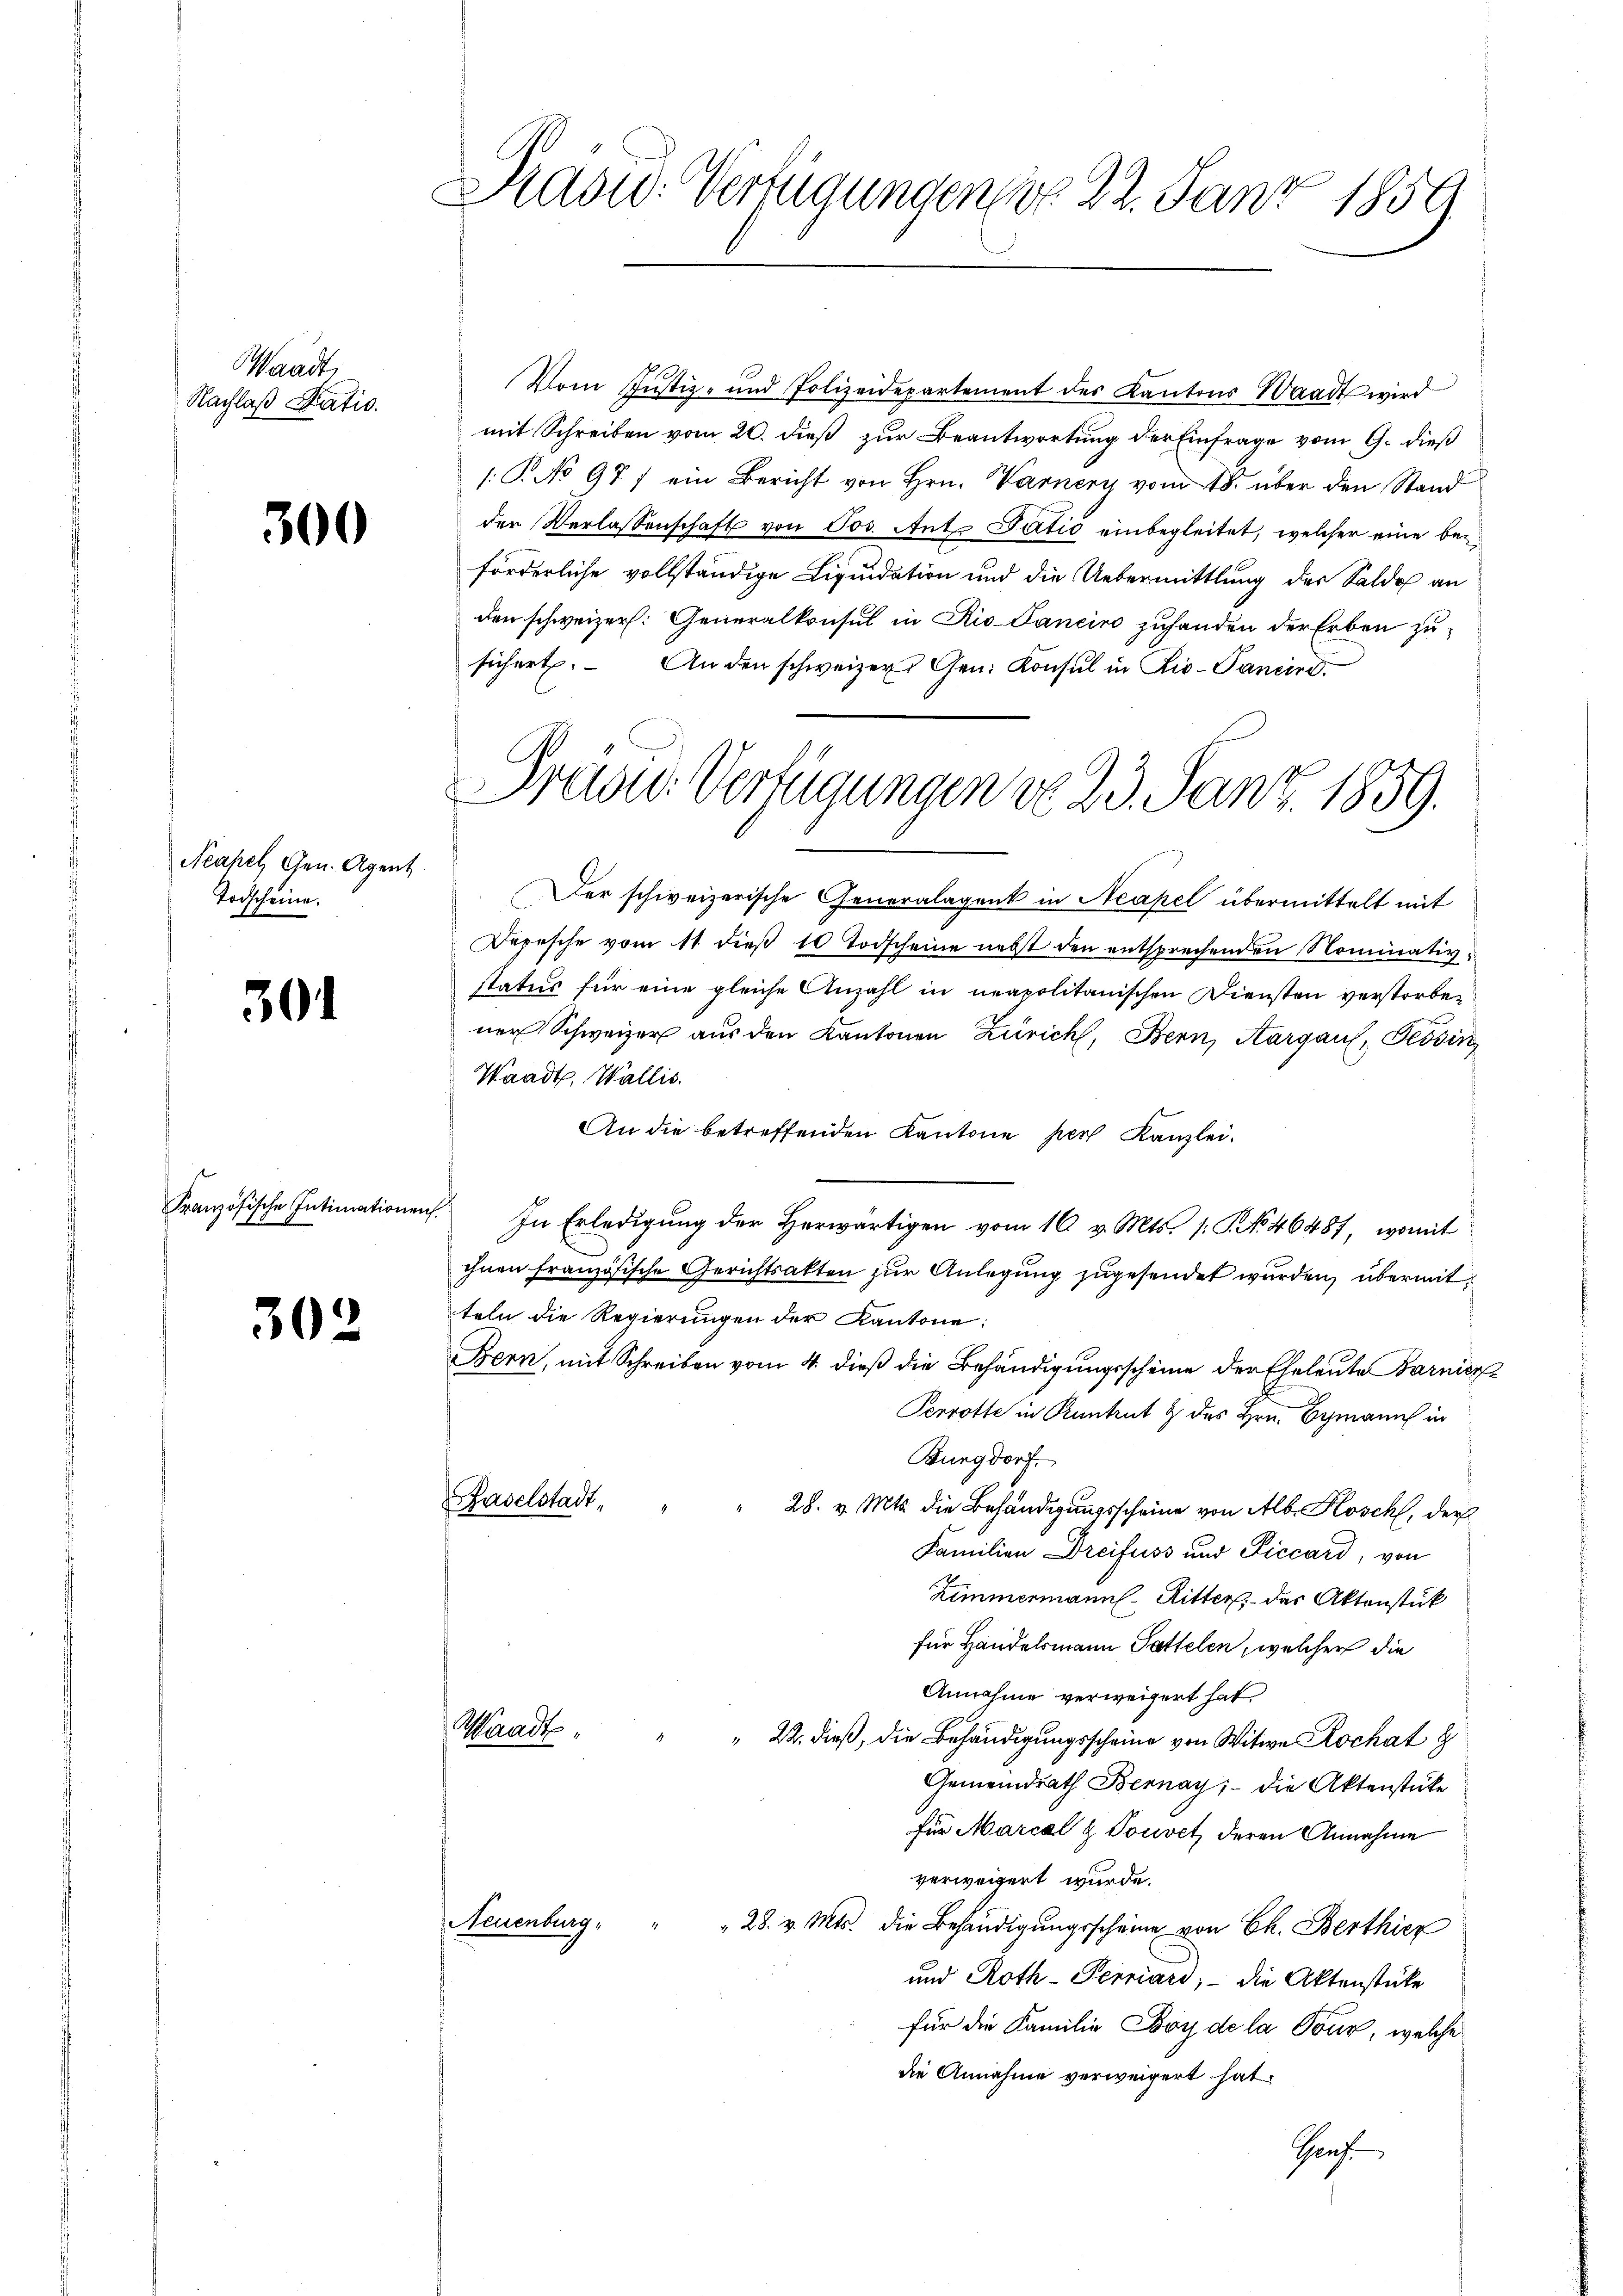
Waadt,
Nachlaß Statio

301

300

Neapel Gen. Agent
Todscheine.

302

Französische Intimationen.

Kaswo-Verfügungen dr. 22. Janz 1857

Vom Justiz- und Polizeidepartement des Kantons Waadt wird
mit Schreiben vom 20. dieß zur Beantwortung der Einfrage vom 9. dieß
/: P. No 977 ein Bericht von Hrn. Warnery vom 18. über den Stand
der Verlassenschaft von Jos. Ant. Tatio einbegleitet, welcher eine beförderliche vollständige Liquidation und die Uebermittlung der Saldo an
den schweizer. Generalkonsul in Rio Sanciro zuhanden der Erben zusichert. Anden schweizer Gen. Konsul in Liv-Pancind.
Der schweizerische Generalagent in Neapel übermittelt mit
Depesche vom 11 dieß 10 Todscheine nebst den entsprechenden Nominativstatus für eine gleiche Anzahl in neapolitanischen Diensten verstorbener Schweizer aus den Kantonen Zürich, Bern, Aargau, Tessin
Waadt, Wallis.
An die betreffenden Kantone pers Kanzlei.
In Erledigung der herwärtigen vom 16. v. Mts. /: P. No 46487, womit
ihnen französische Gerichtsakten zur Anlegung zugesendet wurden, übermit
teln die Regierungen der Kantone:
Bern, mit Schreiben vom 4. dieß die Behändigungsscheine der Eheleute Barnier
Perrotte in Runtrut & des Hrn. Gymann in
Burgdorf
Baselstadt¬
" 28. v. Mts. die Behändigungsscheine von Alb. Kosch, der
Familien Dreifuss und Piccard, von
Zimmermann - Ritter, das Aktenstück
für Handelsmann Gattelen, welcher die
Annahme verweigert hat.
Waadt,
" " 22. dieß, die Behändigungsscheine von Witwe Rockat
Gemeindrath Bernay, die Aktenstücke
für Marcal & Touvet, deren Annahme
verwegert wurde.
Neuenburg, " " 28. v. Mts. die Behändigŭngsscheine von Ch. Berthier
und Roth-Terriard, – die Aktenstücke
für die Familie Boy de la Tour, welche
die Annahme verweigert hat.
Graf

Fraad: Verfügungen do 23. Janz. 1859.